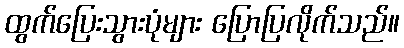
ထွက်ပြေးသွားပုံများ ပြောပြလိုက်သည်။